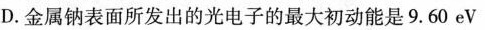
D.金属钠表面所发出的光电子的最大初动能是9.60eV